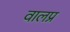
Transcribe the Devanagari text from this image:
वालप्र